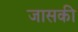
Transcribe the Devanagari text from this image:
जासकी